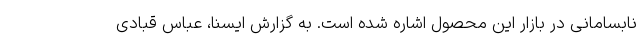
نابسامانی در بازار این محصول اشاره شده است. به گزارش ایسنا، عباس قبادی